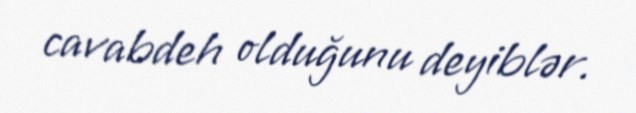
cavabdeh olduğunu deyiblər.